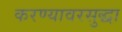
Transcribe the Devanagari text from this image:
करण्यावरसुद्धा